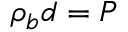
\rho _ { b } d = P